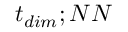
t _ { d i m } ; N N